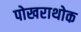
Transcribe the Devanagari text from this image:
पोखराथोक